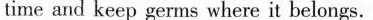
time and keep germs where it belongs.